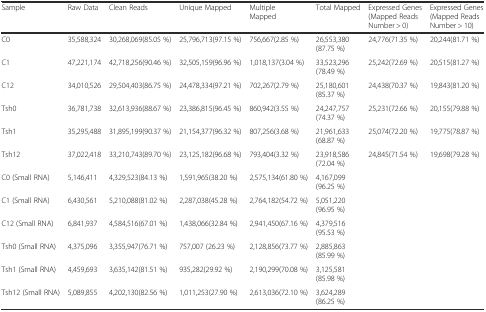
<table><thead><tr><td><b>Sample</b></td><td><b>Raw Data</b></td><td><b>Clean Reads</b></td><td><b>Unique Mapped</b></td><td><b>Multiple Mapped</b></td><td><b>Total Mapped</b></td><td><b>Expressed Genes (Mapped Reads Number &gt; 0)</b></td><td><b>Expressed Genes (Mapped Reads Number &gt; 10)</b></td></tr></thead><tbody><tr><td>C0</td><td>35,588,324</td><td>30,268,069(85.05 %)</td><td>25,796,713(97.15 %)</td><td>756,667(2.85 %)</td><td>26,553,380(87.75 %)</td><td>24,776(71.35 %)</td><td>20,244(81.71 %)</td></tr><tr><td>C1</td><td>47,221,174</td><td>42,718,256(90.46 %)</td><td>32,505,159(96.96 %)</td><td>1,018,137(3.04 %)</td><td>33,523,296(78.49 %)</td><td>25,242(72.69 %)</td><td>20,515(81.27 %)</td></tr><tr><td>C12</td><td>34,010,526</td><td>29,504,403(86.75 %)</td><td>24,478,334(97.21 %)</td><td>702,267(2.79 %)</td><td>25,180,601(85.37 %)</td><td>24,438(70.37 %)</td><td>19,843(81.20 %)</td></tr><tr><td>Tsh0</td><td>36,781,738</td><td>32,613,936(88.67 %)</td><td>23,386,815(96.45 %)</td><td>860,942(3.55 %)</td><td>24,247,757(74.37 %)</td><td>25,231(72.66 %)</td><td>20,155(79.88 %)</td></tr><tr><td>Tsh1</td><td>35,295,488</td><td>31,895,199(90.37 %)</td><td>21,154,377(96.32 %)</td><td>807,256(3.68 %)</td><td>21,961,633(68.87 %)</td><td>25,074(72.20 %)</td><td>19,775(78.87 %)</td></tr><tr><td>Tsh12</td><td>37,022,418</td><td>33,210,743(89.70 %)</td><td>23,125,182(96.68 %)</td><td>793,404(3.32 %)</td><td>23,918,586(72.04 %)</td><td>24,845(71.54 %)</td><td>19,698(79.28 %)</td></tr><tr><td>C0 (Small RNA)</td><td>5,146,411</td><td>4,329,523(84.13 %)</td><td>1,591,965(38.20 %)</td><td>2,575,134(61.80 %)</td><td>4,167,099(96.25 %)</td><td></td><td></td></tr><tr><td>C1 (Small RNA)</td><td>6,430,561</td><td>5,210,088(81.02 %)</td><td>2,287,038(45.28 %)</td><td>2,764,182(54.72 %)</td><td>5,051,220(96.95 %)</td><td></td><td></td></tr><tr><td>C12 (Small RNA)</td><td>6,841,937</td><td>4,584,516(67.01 %)</td><td>1,438,066(32.84 %)</td><td>2,941,450(67.16 %)</td><td>4,379,516(95.53 %)</td><td></td><td></td></tr><tr><td>Tsh0 (Small RNA)</td><td>4,375,096</td><td>3,355,947(76.71 %)</td><td>757,007 (26.23 %)</td><td>2,128,856(73.77 %)</td><td>2,885,863(85.99 %)</td><td></td><td></td></tr><tr><td>Tsh1 (Small RNA)</td><td>4,459,693</td><td>3,635,142(81.51 %)</td><td>935,282(29.92 %)</td><td>2,190,299(70.08 %)</td><td>3,125,581(85.98 %)</td><td></td><td></td></tr><tr><td>Tsh12 (Small RNA)</td><td>5,089,855</td><td>4,202,130(82.56 %)</td><td>1,011,253(27.90 %)</td><td>2,613,036(72.10 %)</td><td>3,624,289(86.25 %)</td><td></td><td></td></tr></tbody></table>